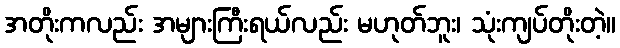
အတိုးကလည်း အများကြီးရယ်လည်း မဟုတ်ဘူး၊ သုံးကျပ်တိုးတဲ့။